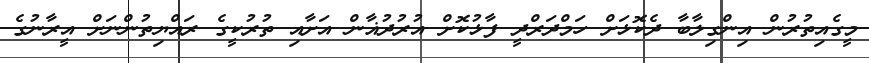
މީގެއިތުރުން އިންގިލާބާ ދެކޮޅަށް ހަމްދަރްދީ ފާޅުކޮށް އުރުދުޣާން އަށާއި ތުރުކީގެ ރައްޔިތުންނަށް އީރާނުގެ